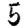
Digit: 5